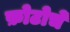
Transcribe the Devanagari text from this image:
फ़ोटोचे